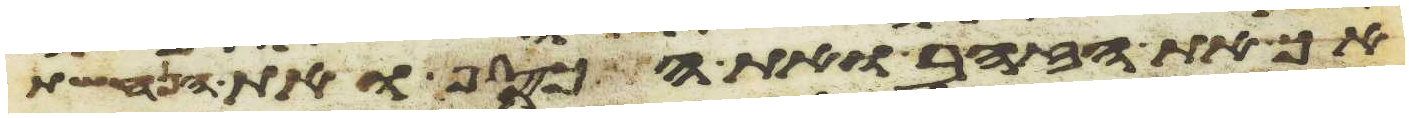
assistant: אך את הזהב ואת הכסף ואת הנחשת